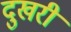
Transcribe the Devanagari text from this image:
दुखरी